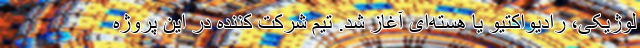
لوژیکی، رادیواکتیو یا هسته‌ای آغاز شد. تیم شرکت کننده در این پروژه